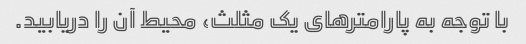
با توجه به پارامترهای یک مثلث، محیط آن را دریابید.